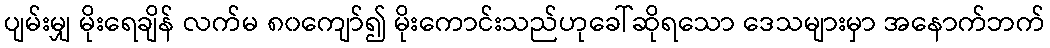
ပျမ်းမျှ မိုးရေချိန် လက်မ ၈၀ကျော်၍ မိုးကောင်းသည်ဟုခေါ်ဆိုရသော ဒေသများမှာ အနောက်ဘက်